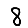
Digit: 8